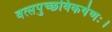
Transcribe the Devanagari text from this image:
वत्सपुच्छविकर्षणः।